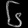
Digit: ၆